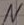
Text: N